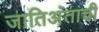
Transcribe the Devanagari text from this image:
जातिअंताची